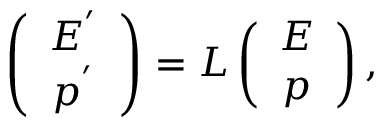
\begin{array} { r } { \left( \begin{array} { c c } { E ^ { ' } } \\ { p ^ { ' } } \end{array} \right) = L \left( \begin{array} { c c } { E } \\ { p } \end{array} \right) , } \end{array}